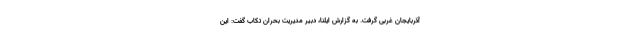
آذربایجان غربی گرفت. به گزارش ایلنا، دبیر مدیریت بحران تکاب گفت: این